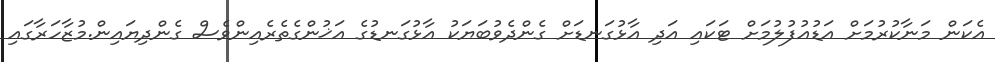
އެކަން މަނާކުރުމަށް އަޑުއުފުލުމަށް ޓަކައި އަދި އާޅުގަނޑަށް ގެންދެވުބަޔަކު އާޅުގަނޑުގެ އަޚުންގެތެރެއިންވެސް ގެންދިޔައިން.މުޒާހަރާގައި